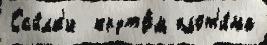
Ссы́лк'и  круто́м плот'и́на